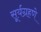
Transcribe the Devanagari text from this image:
सूर्यग्रहणे